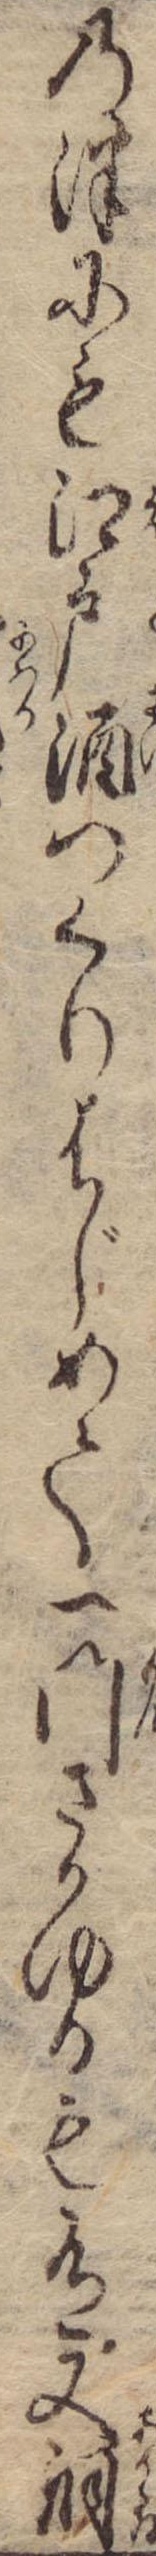
の津にも江戸酒つくりはじめて一門さかゆるも有又銅